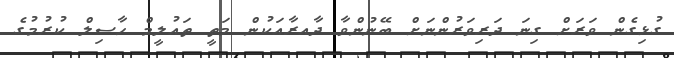
ގުޅިގެން ވަރަށް ގިނަ ދަރިވަރުންނަށް ބޭނުންވާ ދާއރާއަކުން މަތީ ތައުލީމް ހާސިލް ކުރުމުގެ